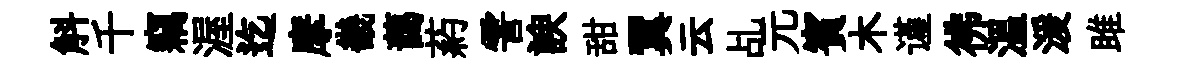
斛千竊渥迄摩畿藹葯霅諛甜翼云乩元賓木谨彿溫湲雎